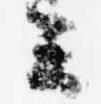
云